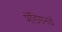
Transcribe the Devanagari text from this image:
मॅडिसनचे